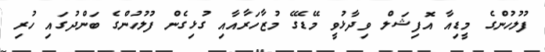
ފުލުހުންގެ މީޑިއާ އޮފިޝަލް ވިދާޅުވީ މޭޑޭގެ މުޒާހަރާއާއި ގުޅިގެން ފުލުހުންގެ ބަންދުގައި ހުރި